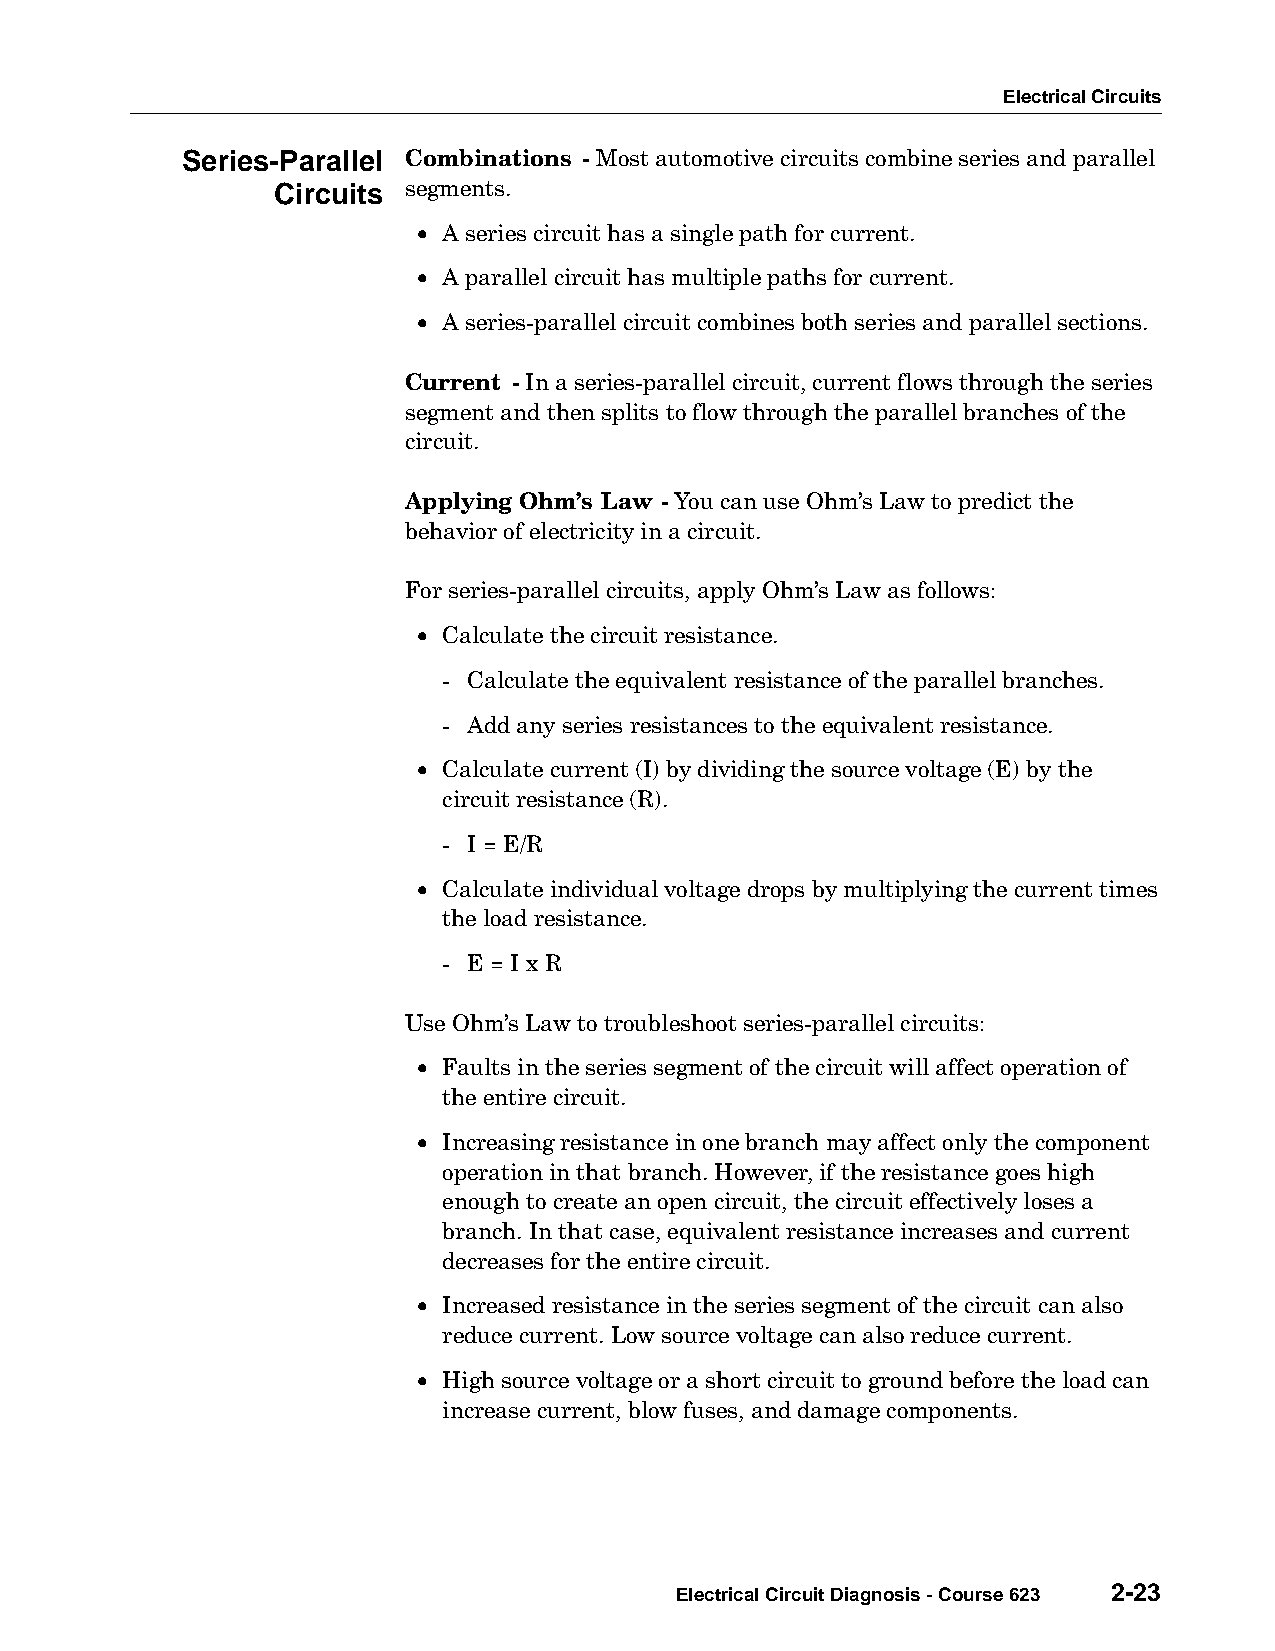
Electrical Circuits
 Series-Parallel Combinations - Most automotive circuits combine series and parallel
 Circuits segments.
 • A series circuit has a single path for current.
 • A parallel circuit has multiple paths for current.
 • A series-parallel circuit combines both series and parallel sections.
 Current - In a series-parallel circuit, current flows through the series
 segment and then splits to flow through the parallel branches of the
 circuit.
 Applying Ohm’s Law - You can use Ohm’s Law to predict the
 behavior of electricity in a circuit.
 For series-parallel circuits, apply Ohm’s Law as follows:
 • Calculate the circuit resistance.
 - Calculate the equivalent resistance of the parallel branches.
 - Add any series resistances to the equivalent resistance.
 • Calculate current (I) by dividing the source voltage (E) by the
 circuit resistance (R).
 - I = E/R
 • Calculate individual voltage drops by multiplying the current times
 the load resistance.
 - E = I x R
 Use Ohm’s Law to troubleshoot series-parallel circuits:
 • Faults in the series segment of the circuit will affect operation of
 the entire circuit.
 • Increasing resistance in one branch may affect only the component
 operation in that branch. However, if the resistance goes high
 enough to create an open circuit, the circuit effectively loses a
 branch. In that case, equivalent resistance increases and current
 decreases for the entire circuit.
 • Increased resistance in the series segment of the circuit can also
 reduce current. Low source voltage can also reduce current.
 • High source voltage or a short circuit to ground before the load can
 increase current, blow fuses, and damage components.
 Electrical Circuit Diagnosis - Course 623 2-23